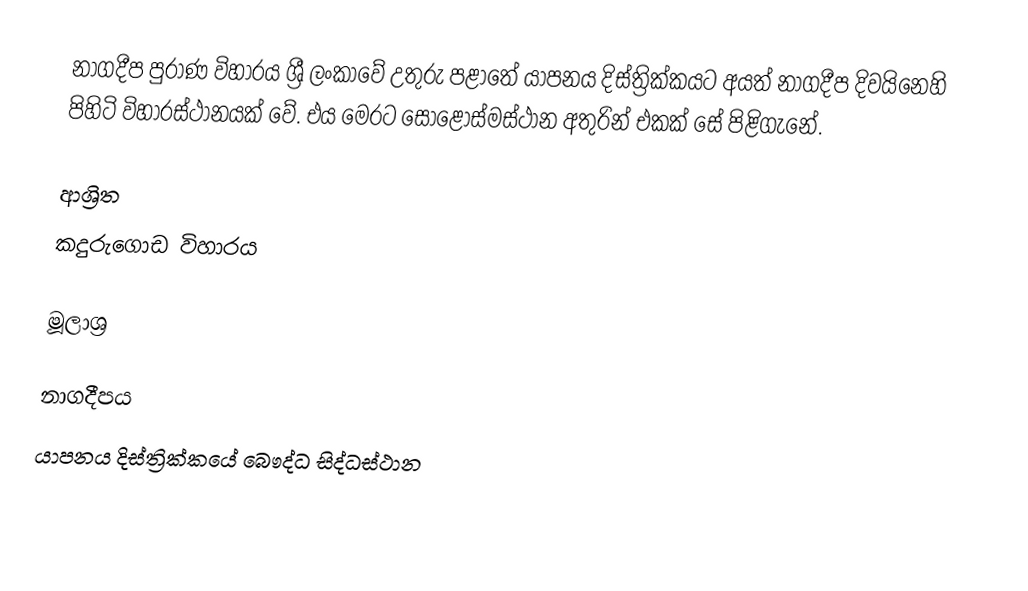
නාගදීප පුරාණ විහාරය ශ්‍රී ලංකාවේ උතුරු පළාතේ යාපනය දිස්ත්‍රික්කයට අයත් නාගදීප දිවයිනෙහි පිහිටි විහාරස්ථානයක් වේ. එය මෙරට සොළොස්මස්ථාන අතුරින් එකක් සේ පිළිගැනේ.

ආශ්‍රිත
 කදුරුගොඩ විහාරය

මූලාශ්‍ර

නාගදීපය
යාපනය දිස්ත්‍රික්කයේ බෞද්ධ සිද්ධස්ථාන‎